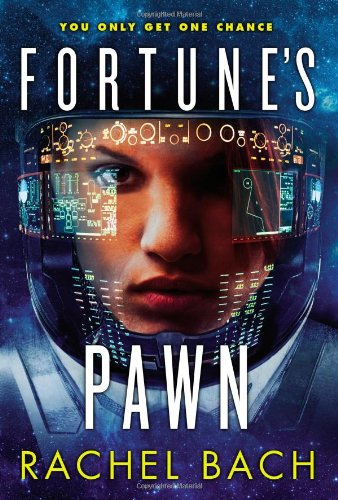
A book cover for Fortune's Pawn (Paradox Book 1); Rachel Bach; Romance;